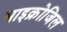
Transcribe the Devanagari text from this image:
माइक्रोजिल